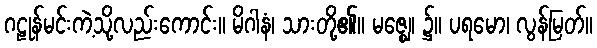
ဂဠုန်မင်းကဲ့သို့လည်းကောင်း။ မိဂါနံ၊ သားတို့၏။ မဇ္ဈေ၊ ၌။ ပရမော၊ လွန်မြတ်။